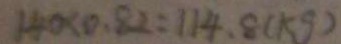
1 4 0 \times 0 . 8 2 = 1 1 4 . 8 ( k g )